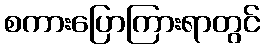
စကားပြောကြားရာတွင်